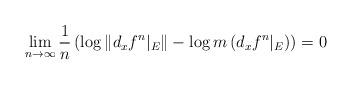
LaTeX: \begin{align*}\displaystyle \lim_{n \rightarrow \infty} \frac{1}{n} \left(\log \|d_x f^n|_E\| - \log m \left(d_x f^n|_E \right) \right) = 0\end{align*}